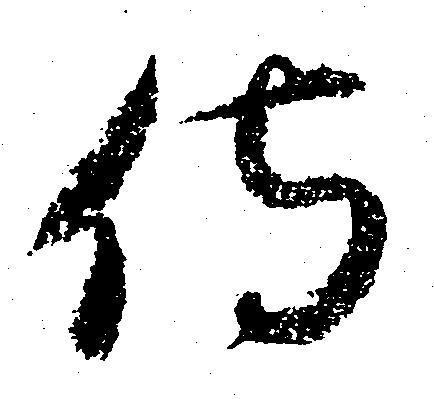
侍